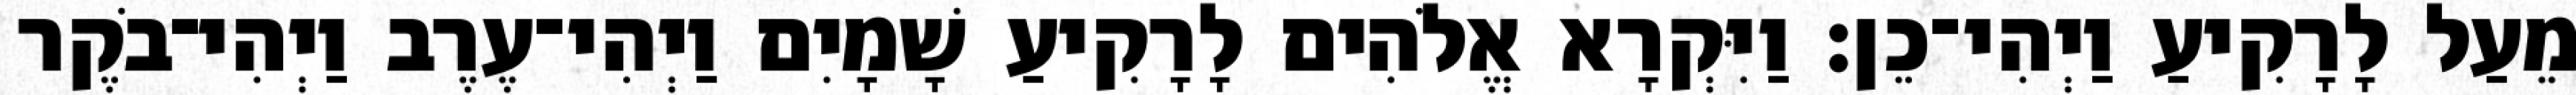
מֵעַל לָרָקִיעַ וַיְהִי־כֵן׃ וַיִּקְרָא אֱלֹהִים לָרָקִיעַ שָׁמָיִם וַיְהִי־עֶרֶב וַיְהִי־בֹקֶר